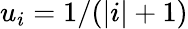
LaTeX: u_{i}=1/(|i|+1)